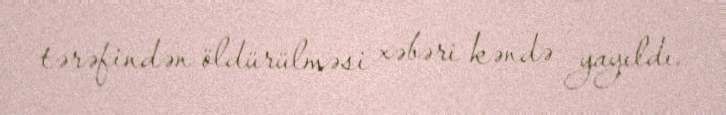
tərəfindən öldürülməsi xəbəri kəndə yayıldı.